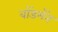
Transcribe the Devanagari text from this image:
बॉडमॅन